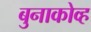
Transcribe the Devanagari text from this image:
बुनाकोव्ह